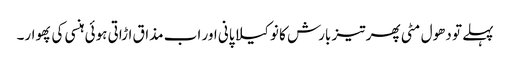
پہلے تو دھول مٹی پھر تیز بارش کا نوکیلا پانی اور اب مذاق اڑاتی ہوئی ہنسی کی پھوار۔